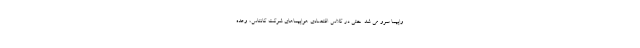
واپیما سرو می شد. حتی در کلاس اقتصادی هواپیماهای شرکت کانتاس، وعده